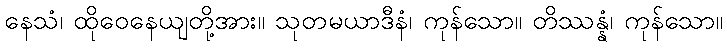
နေသံ၊ ထိုဝေနေယျတို့အား။ သုတမယာဒီနံ၊ ကုန်သော။ တိဿန္နံ၊ ကုန်သော။